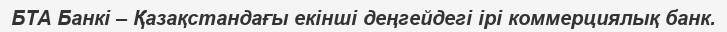
БТА Банкі – Қазақстандағы екінші деңгейдегі ірі коммерциялық банк.